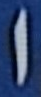
ا